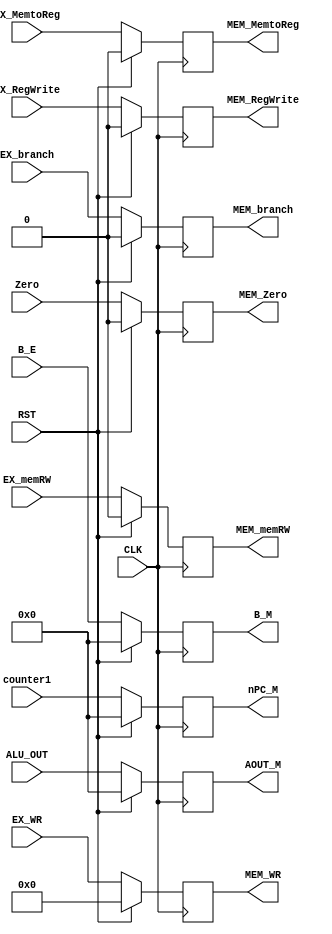
module EX_MEM (counter1, Zero, ALU_OUT, B_E, EX_branch, EX_memRW, EX_MemtoReg, EX_RegWrite, EX_WR, 
nPC_M, MEM_Zero, AOUT_M, B_M, MEM_branch, MEM_memRW, MEM_MemtoReg, MEM_RegWrite, MEM_WR, CLK, RST);

    input CLK;
    input RST;
    input [31:0] counter1;
    input Zero;
    input [31:0] ALU_OUT;
    input [31:0] B_E;
    input EX_branch;
    input EX_memRW;
    input EX_MemtoReg;
    input EX_RegWrite;
    input [4:0] EX_WR;

    output reg [31:0] nPC_M;
    output reg MEM_Zero;
    output reg [31:0] AOUT_M;
    output reg [31:0] B_M;
    output reg MEM_branch;
    output reg MEM_memRW;
    output reg MEM_MemtoReg;
    output reg MEM_RegWrite;
    output reg [4:0] MEM_WR;

    always @(posedge CLK) begin
        if(RST) begin
            nPC_M <= 0;
            MEM_Zero <= 0;
            AOUT_M <= 0;
            B_M <= 0;
            MEM_branch <= 0;
            MEM_memRW <= 0;
            MEM_MemtoReg <= 0;
            MEM_RegWrite <= 0;
            MEM_WR <= 0;
         end else begin
        nPC_M <= counter1;
        MEM_Zero <= Zero;
        AOUT_M <= ALU_OUT;
        B_M <= B_E;
        MEM_branch <= EX_branch;
        MEM_memRW <= EX_memRW;
        MEM_MemtoReg <= EX_MemtoReg;
        MEM_RegWrite <= EX_RegWrite;
        MEM_WR <= EX_WR;
        // $display("%2t: EX_MEM", $time);
        end
    end
    

endmodule